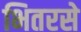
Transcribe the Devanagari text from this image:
भितरसे